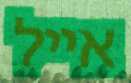
אייל